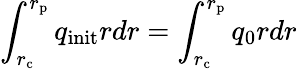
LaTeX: \int_{r_{\mathrm{c}}}^{r_{\mathrm{p}}}q_{\mathrm{init}}rdr=\int_{r_{\mathrm{c}}}^{r_{\mathrm{p}}}q_{0}rdr